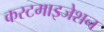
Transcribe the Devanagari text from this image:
कस्टमाइजेशन